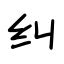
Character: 纠